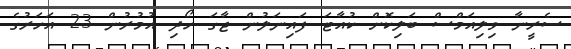
ސެރީނާ ވިލިއަމްސް ބަލިކޮށް ކުއާޓަ ފައިނަލުން ޖާގަ ހޯދި އުމުރުން 23 އަހަރުގެ